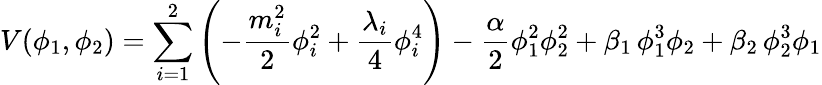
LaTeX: V(\phi_{1},\phi_{2})=\sum_{i=1}^{2}\left(-{\frac{m_{i}^{2}}{2}}\phi_{i}^{2}+{\frac{\lambda_{i}}{4}}\phi_{i}^{4}\right)-{\frac{\alpha}{2}}\phi_{1}^{2}\phi_{2}^{2}+\beta_{1}\, \phi_{1}^{3}\phi_{2}+\beta_{2}\, \phi_{2}^{3}\phi_{1}